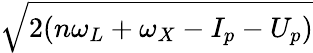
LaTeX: \sqrt{2(n\omega_{L}+\omega_{X}-I_{p}-U_{p})}